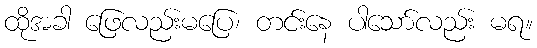
ထိုအခါ ဖြေလည်းမပြေ၊ တင်းနေ ပါသော်လည်း မရ။